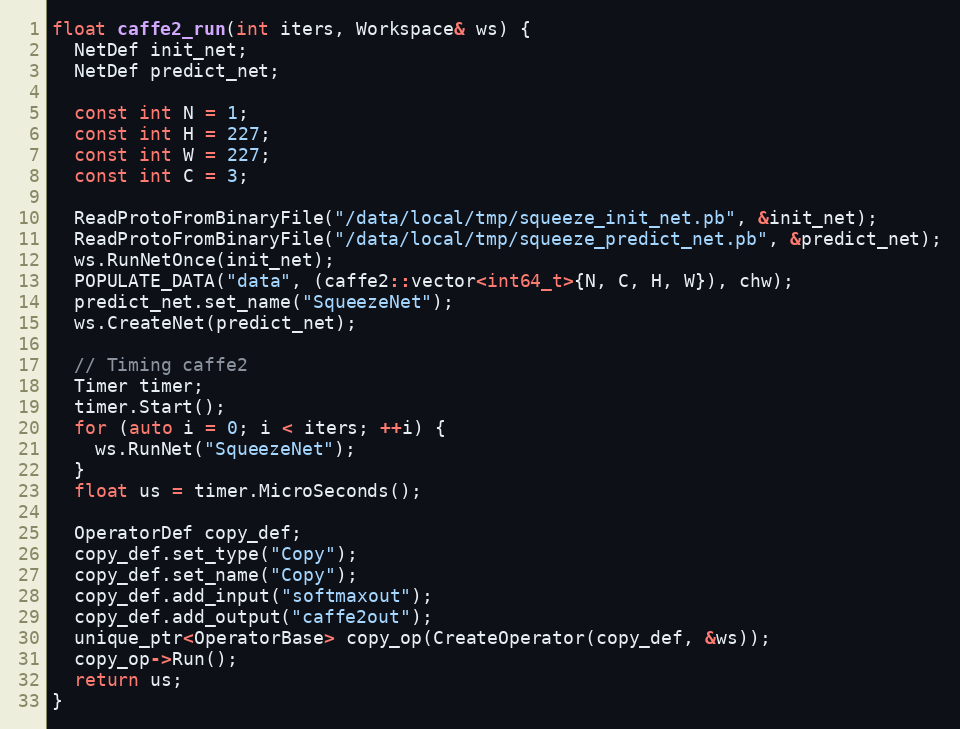
Language: C++
float caffe2_run(int iters, Workspace& ws) {
  NetDef init_net;
  NetDef predict_net;

  const int N = 1;
  const int H = 227;
  const int W = 227;
  const int C = 3;

  ReadProtoFromBinaryFile("/data/local/tmp/squeeze_init_net.pb", &init_net);
  ReadProtoFromBinaryFile("/data/local/tmp/squeeze_predict_net.pb", &predict_net);
  ws.RunNetOnce(init_net);
  POPULATE_DATA("data", (caffe2::vector<int64_t>{N, C, H, W}), chw);
  predict_net.set_name("SqueezeNet");
  ws.CreateNet(predict_net);

  // Timing caffe2
  Timer timer;
  timer.Start();
  for (auto i = 0; i < iters; ++i) {
    ws.RunNet("SqueezeNet");
  }
  float us = timer.MicroSeconds();

  OperatorDef copy_def;
  copy_def.set_type("Copy");
  copy_def.set_name("Copy");
  copy_def.add_input("softmaxout");
  copy_def.add_output("caffe2out");
  unique_ptr<OperatorBase> copy_op(CreateOperator(copy_def, &ws));
  copy_op->Run();
  return us;
}